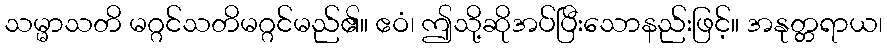
သမ္မာသတိ မဂ္ဂင်သတိမဂ္ဂင်မည်၏။ ဧဝံ၊ ဤသို့ဆိုအပ်ပြီးသောနည်းဖြင့်။ အနုတ္တရာယ၊